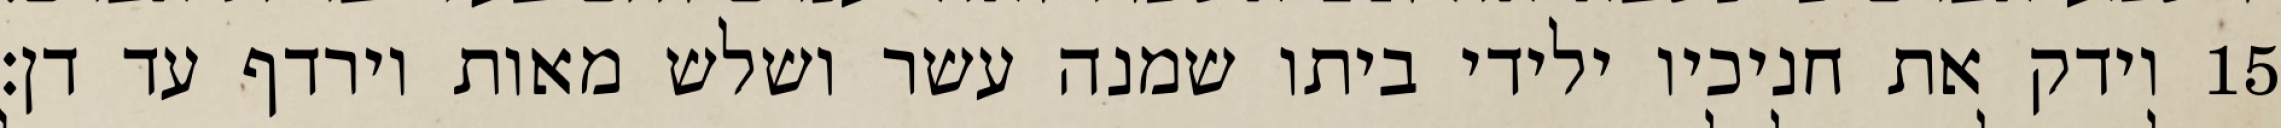
וידק את חניכיו ילידי ביתו שמנה עשר ושלש מאות וירדף עד דן׃ ‎15‏